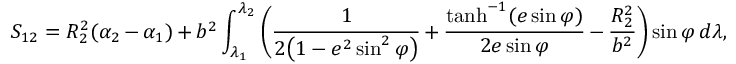
S _ { 1 2 } = R _ { 2 } ^ { 2 } ( \alpha _ { 2 } - \alpha _ { 1 } ) + b ^ { 2 } \int _ { \lambda _ { 1 } } ^ { \lambda _ { 2 } } { \biggl ( } { \frac { 1 } { 2 { \bigl ( } 1 - e ^ { 2 } \sin ^ { 2 } \varphi { \bigr ) } } } + { \frac { \operatorname { t a n h } ^ { - 1 } ( e \sin \varphi ) } { 2 e \sin \varphi } } - { \frac { R _ { 2 } ^ { 2 } } { b ^ { 2 } } } { \biggr ) } \sin \varphi \, d \lambda ,